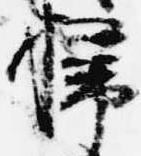
掃